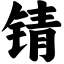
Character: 锖